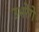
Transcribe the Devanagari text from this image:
उभरेंगे